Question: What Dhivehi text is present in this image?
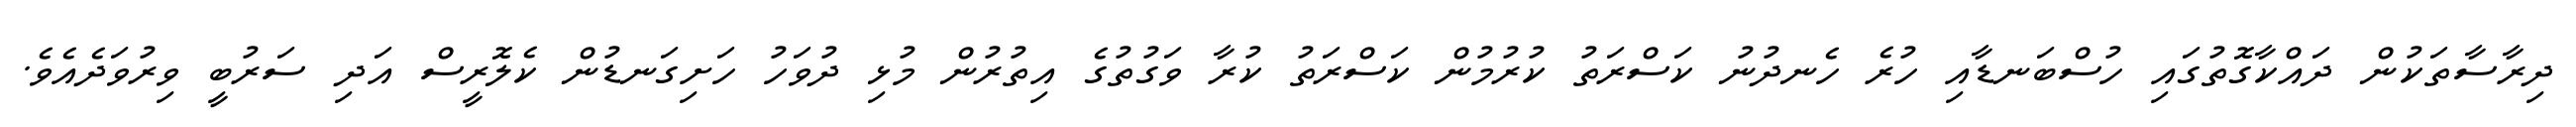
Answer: ދިރާސާތަކުން ދައްކާގޮތުގައި ހުސްބަނޑާއި ހުރެ ހެނދުނު ކަސްރަތު ކުރުމުން ކަސްރަތު ކުރާ ވަގުތުގެ އިތުރުން މުޅި ދުވަހު ހަށިގަނޑުން ކެލޮރީސް އަދި ސަރުބީ ވިރުވަދެއެވެ.